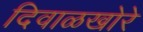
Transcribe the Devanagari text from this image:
दिवाळखोरे